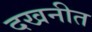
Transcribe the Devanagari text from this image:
दखनीत